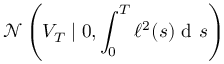
\mathcal { N } \left( V _ { T } \mid 0 , \int _ { 0 } ^ { T } \ell ^ { 2 } ( s ) \mathrm { ~ d ~ } s \right)